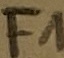
Text: F1